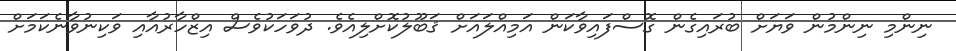
ނިންމި ނިންމުން ވަޔަށް ބުރައިގެެން ގޮސްފައިވާކަން އަމިއްލައަށް ޤަބޫލުކޮށްލިއެވެ. ދުވަހަކުވެސް އިޒްހާރުއާއި ވަކިނުވާނެކަމަަށް